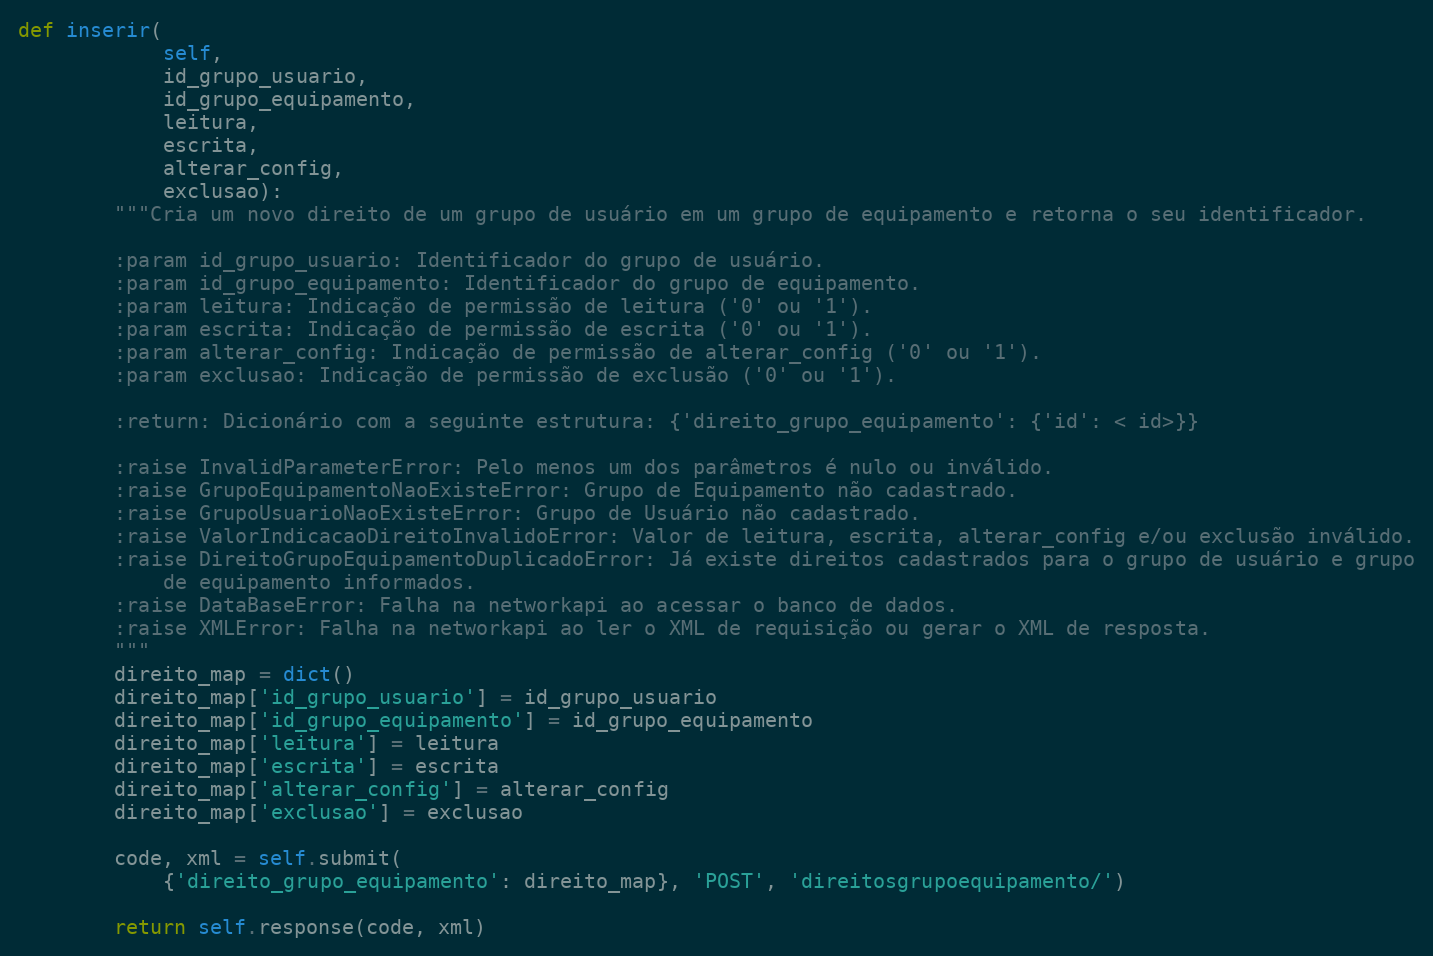
Language: Python
def inserir(
            self,
            id_grupo_usuario,
            id_grupo_equipamento,
            leitura,
            escrita,
            alterar_config,
            exclusao):
        """Cria um novo direito de um grupo de usuário em um grupo de equipamento e retorna o seu identificador.

        :param id_grupo_usuario: Identificador do grupo de usuário.
        :param id_grupo_equipamento: Identificador do grupo de equipamento.
        :param leitura: Indicação de permissão de leitura ('0' ou '1').
        :param escrita: Indicação de permissão de escrita ('0' ou '1').
        :param alterar_config: Indicação de permissão de alterar_config ('0' ou '1').
        :param exclusao: Indicação de permissão de exclusão ('0' ou '1').

        :return: Dicionário com a seguinte estrutura: {'direito_grupo_equipamento': {'id': < id>}}

        :raise InvalidParameterError: Pelo menos um dos parâmetros é nulo ou inválido.
        :raise GrupoEquipamentoNaoExisteError: Grupo de Equipamento não cadastrado.
        :raise GrupoUsuarioNaoExisteError: Grupo de Usuário não cadastrado.
        :raise ValorIndicacaoDireitoInvalidoError: Valor de leitura, escrita, alterar_config e/ou exclusão inválido.
        :raise DireitoGrupoEquipamentoDuplicadoError: Já existe direitos cadastrados para o grupo de usuário e grupo
            de equipamento informados.
        :raise DataBaseError: Falha na networkapi ao acessar o banco de dados.
        :raise XMLError: Falha na networkapi ao ler o XML de requisição ou gerar o XML de resposta.
        """
        direito_map = dict()
        direito_map['id_grupo_usuario'] = id_grupo_usuario
        direito_map['id_grupo_equipamento'] = id_grupo_equipamento
        direito_map['leitura'] = leitura
        direito_map['escrita'] = escrita
        direito_map['alterar_config'] = alterar_config
        direito_map['exclusao'] = exclusao

        code, xml = self.submit(
            {'direito_grupo_equipamento': direito_map}, 'POST', 'direitosgrupoequipamento/')

        return self.response(code, xml)